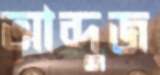
আব্দুজ